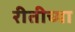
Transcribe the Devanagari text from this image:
रीतीच्या